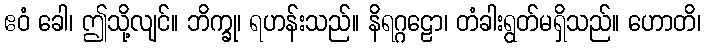
ဧဝံ ခေါ၊ ဤသို့လျင်။ ဘိက္ခု၊ ရဟန်းသည်။ နိရဂ္ဂဠော၊ တံခါးရွတ်မရှိသည်။ ဟောတိ၊